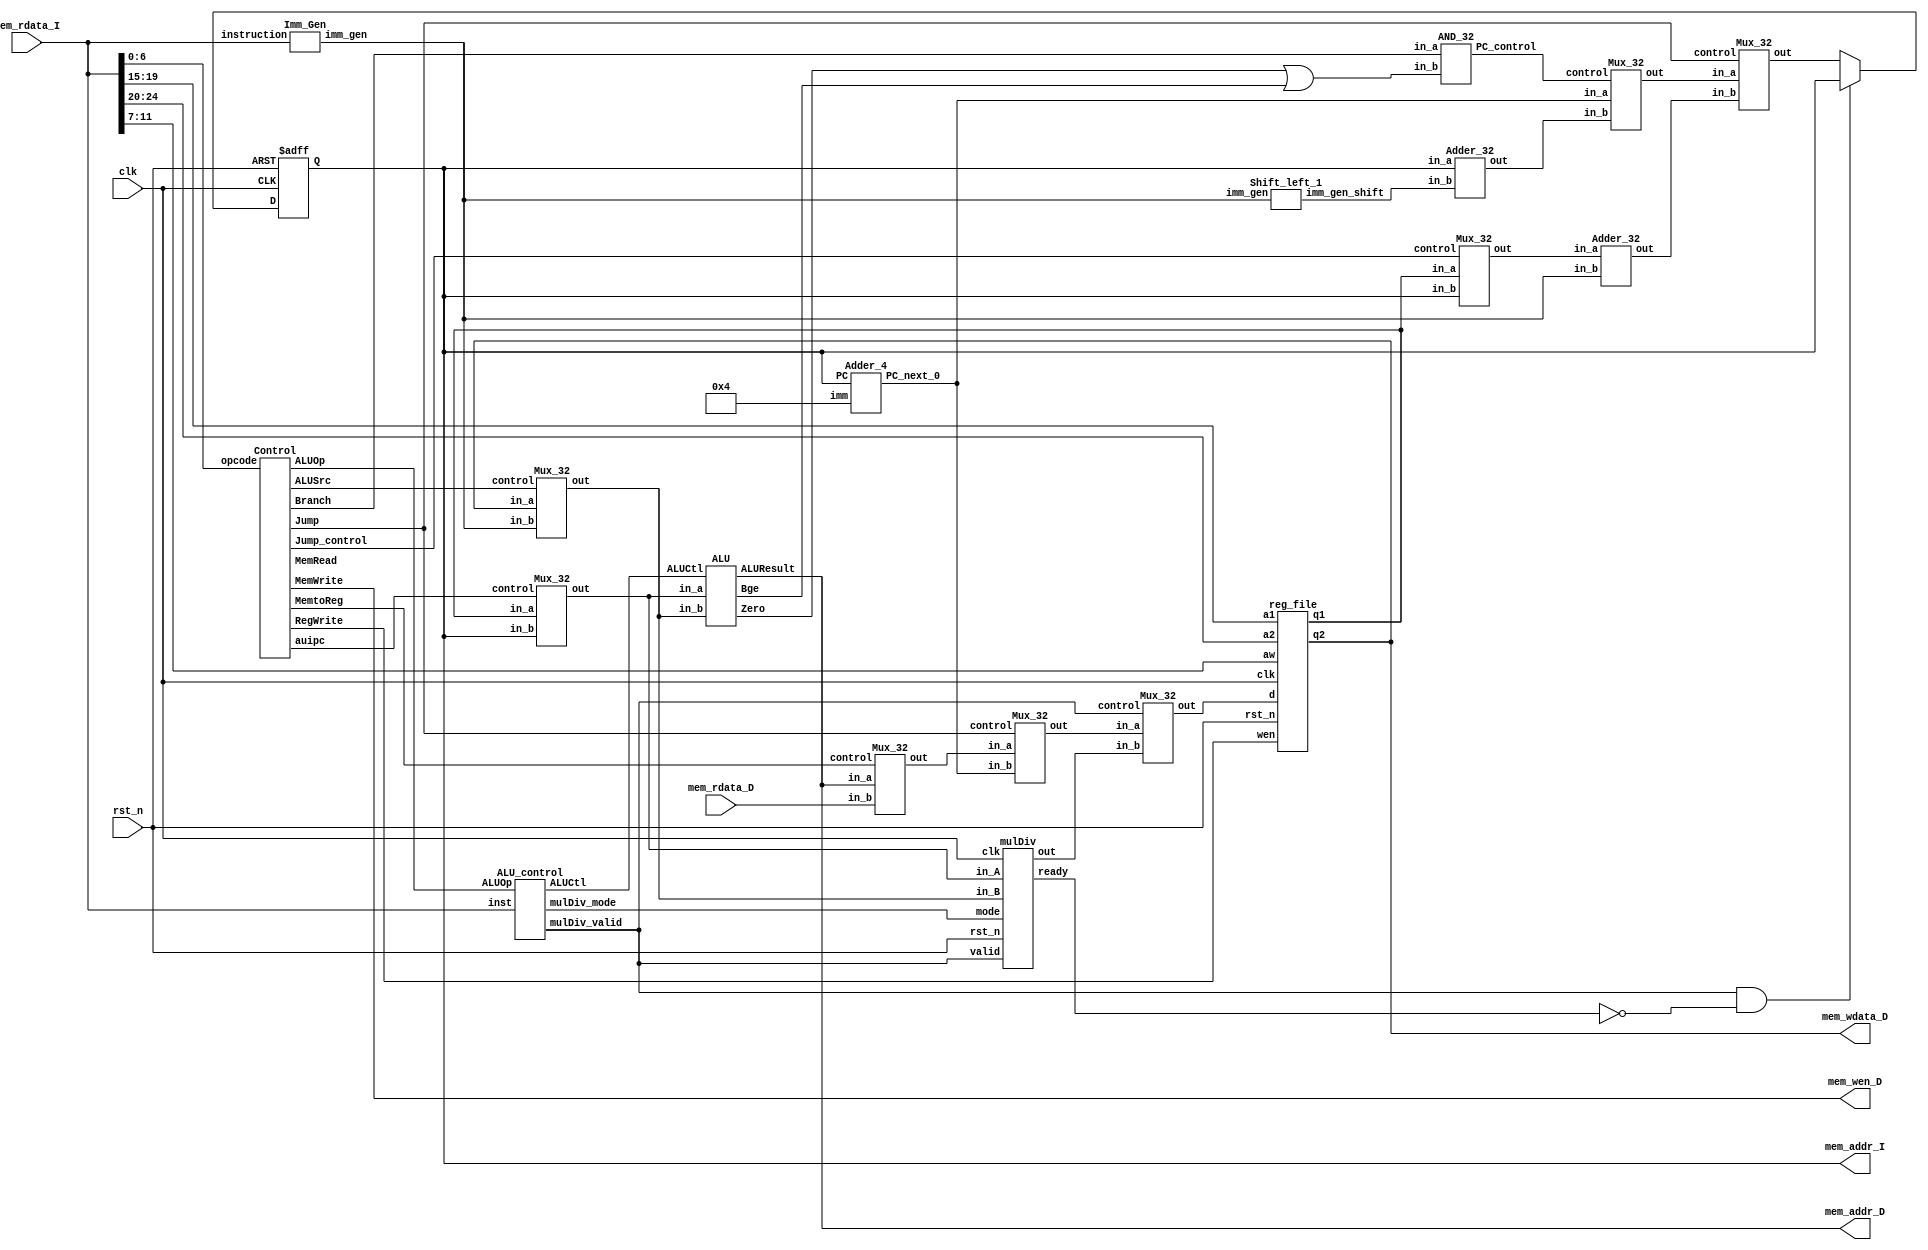
// Your code
module CHIP(clk,
            rst_n,
            // For mem_D
            mem_wen_D,
            mem_addr_D,
            mem_wdata_D,
            mem_rdata_D,
            // For mem_I
            mem_addr_I,
            mem_rdata_I);

    input         clk, rst_n ;
    // For mem_D
    output        mem_wen_D  ;
    output [31:0] mem_addr_D ;
    output [31:0] mem_wdata_D;
    input  [31:0] mem_rdata_D;    
    // For mem_I
    output [31:0] mem_addr_I ; 
    input  [31:0] mem_rdata_I;   
    
    //---------------------------------------//
    // Do not modify this part!!!            //
    // Exception: You may change wire to reg //
    reg    [31:0] PC          ;              //
    wire   [31:0] PC_nxt      ;              //
    wire          regWrite    ;              //
    wire   [ 4:0] rs1, rs2, rd;              //
    wire   [31:0] rs1_data    ;              //
    wire   [31:0] rs2_data    ;              //
    wire   [31:0] rd_data     ;              //
    //---------------------------------------//

    assign rs1 = mem_rdata_I[19:15];
    assign rs2 = mem_rdata_I[24:20];
    assign rd = mem_rdata_I[11:7];
    assign mem_addr_I = PC;

    // Todo: other wire/reg

    wire   [0:0]  Branch;
    wire   [2:0]  ALUOp;
    wire   [0:0]  MemRead; 
    wire   [0:0]  MemWrite; 
    wire   [0:0]  MemtoReg;
    wire   [0:0]  ALUSrc;
    wire   [0:0]  auipc;
    wire   [0:0]  Jump;
    wire   [0:0]  Jump_control;
    wire   [31:0] ALU_result;
    wire   [3:0]  control_ALU;
    wire   [31:0] alu_input_mux_1;
    wire   [31:0] alu_input_mux_2;
    wire   [0:0]  Zero;
    wire   [0:0]  Bge;
    wire   [0:0] Beq_Bge;
    wire   [31:0] PC_next_0, PC_next_1, PC_final;
    wire   [0:0]  PC_control;
    wire   [31:0] imm_gen;
    wire   [31:0] imm_gen_shift;
    wire   [31:0] rd_temp;
    wire   [31:0] rd_temp_2;
    wire   [31:0] jump_src;
    wire   [31:0] jump_dest;
    wire   [0:0]  mulDiv_valid;
    wire   [0:0]  mulDiv_mode;
    wire   [0:0]  mulDiv_ready;
    wire   [31:0] mulDiv_result;
    integer next = 4;
    
    assign mem_wen_D = MemWrite;
    assign mem_wdata_D = rs2_data;
    assign mem_addr_D = ALU_result;
    assign Beq_Bge = Zero || Bge;

    //---------------------------------------//
    // Do not modify this part!!!            //
    reg_file reg0(                           //
        .clk(clk),                           //
        .rst_n(rst_n),                       //
        .wen(regWrite),                      //
        .a1(rs1),                            //
        .a2(rs2),                            //
        .aw(rd),                             //
        .d(rd_data),                         //
        .q1(rs1_data),                       //
        .q2(rs2_data));                      //
    //---------------------------------------//

    // Todo: any combinational/sequential circuit
    
    Control Control(
        .opcode(mem_rdata_I[6:0]),
        .Branch(Branch),
        .MemRead(MemRead),
        .MemtoReg(MemtoReg),
        .ALUOp(ALUOp),
        .MemWrite(MemWrite),
        .ALUSrc(ALUSrc),
        .RegWrite(regWrite),
        .auipc(auipc),
        .Jump(Jump),
        .Jump_control(Jump_control)
    );

    Imm_Gen imm_gen_unit(
        .instruction(mem_rdata_I),
        .imm_gen(imm_gen)
    );

    Adder_4 adder_imm_4(
        .PC(PC),
        .imm(next),
        .PC_next_0(PC_next_0)
    );

    Adder_32 adder_32_bits(
        .in_a(PC),
        .in_b(imm_gen_shift),
        .out(PC_next_1)
    );

    Mux_32 mux_rs_PC(
        .in_a(rs1_data),
        .in_b(PC),
        .control(Jump_control),
        .out(jump_src)
    );

    Adder_32 adder_jump(
        .in_a(jump_src),
        .in_b(imm_gen),
        .out(jump_dest)
    );

    Mux_32 mux_PC(
        .in_a(PC_next_0),
        .in_b(PC_next_1),
        .control(PC_control),
        .out(PC_final)
    );

    Mux_32 mux_PC_jump(
        .in_a(PC_final),
        .in_b(jump_dest),
        .control(Jump),
        .out(PC_nxt)
    );

    Mux_32 mux_memory(
        .in_a(ALU_result),
        .in_b(mem_rdata_D),
        .control(MemtoReg),
        .out(rd_temp)
    );

    Mux_32 mux_jump(
        .in_a(rd_temp),
        .in_b(PC_next_0),
        .control(Jump),
        .out(rd_temp_2)
    );

    Mux_32 mux_mul(
        .in_a(rd_temp_2),
        .in_b(mulDiv_result),
        .control(mulDiv_valid),
        .out(rd_data)
    );

    Mux_32 mux_ALU_1(
        .in_a(rs1_data),
        .in_b(PC),
        .control(auipc),
        .out(alu_input_mux_1)
    );

    Mux_32 mux_ALU_2(
        .in_a(rs2_data),
        .in_b(imm_gen),
        .control(ALUSrc),
        .out(alu_input_mux_2)
    );

    Shift_left_1 shift_unit(
        .imm_gen(imm_gen),
        .imm_gen_shift(imm_gen_shift)
    );

    AND_32 branch_or_not(
        .in_a(Branch),
        .in_b(Beq_Bge),
        .PC_control(PC_control)
    );

    ALU simple_alu(
        .ALUCtl(control_ALU),
        .in_a(alu_input_mux_1),
        .in_b(alu_input_mux_2),
        .ALUResult(ALU_result),
        .Zero(Zero),
        .Bge(Bge)
    );

    ALU_control ALU_control_unit(
        .ALUOp(ALUOp),
        .inst(mem_rdata_I),
        .ALUCtl(control_ALU),
        .mulDiv_valid(mulDiv_valid),
        .mulDiv_mode(mulDiv_mode)
    );

    mulDiv MUL_unit(
        .clk(clk),
        .rst_n(rst_n),
        .valid(mulDiv_valid),
        .ready(mulDiv_ready),
        .mode(mulDiv_mode),
        .in_A(alu_input_mux_1),
        .in_B(alu_input_mux_2),
        .out(mulDiv_result)
    );

    always @(posedge clk or negedge rst_n) begin
        if (!rst_n) 
        begin
            PC <= 32'h00010000; // where text in memory starts
        end
        else 
        begin
            if(mulDiv_valid==1 && mulDiv_ready==0)
            begin
                PC <= PC;
            end
            else 
            begin
                PC <= PC_nxt;    
            end
        end
    end
    
endmodule

module Control(opcode,Branch,MemRead,MemtoReg,ALUOp,MemWrite,ALUSrc,RegWrite,auipc,Jump,Jump_control);

    input  [6:0] opcode;
    output [0:0] Branch,MemRead,MemtoReg,MemWrite,ALUSrc,RegWrite,auipc,Jump,Jump_control;
    output [2:0] ALUOp;

    reg [0:0] Branch,MemRead,MemtoReg,MemWrite,ALUSrc,RegWrite,auipc,Jump,Jump_control;
    reg [2:0] ALUOp;

    always @(opcode) begin
        if(opcode==7'b0010111)  // auipc
        begin
            ALUOp = 3'b111;
            MemtoReg = 1'b0;
            MemWrite = 1'b0;
            MemRead = 1'b0;
            Branch = 1'b0;
            ALUSrc = 1'b1;
            RegWrite = 1'b1;
            auipc = 1'b1;
            Jump = 1'b0;
            Jump_control = 1'b0;
        end

        else if(opcode==7'b1100111) // jalr
        begin
            ALUOp = 3'b001;
            MemtoReg = 1'b0;
            MemWrite = 1'b0;
            MemRead = 1'b0;
            Branch = 1'b0;
            ALUSrc = 1'b1;
            RegWrite = 1'b1;
            auipc = 1'b0;
            Jump = 1'b1;
            Jump_control = 1'b0;   // use rs
        end

        else if(opcode==7'b1101111) // jal
        begin
            ALUOp = 3'b000;
            MemtoReg = 1'b0;
            MemWrite = 1'b0;
            MemRead = 1'b0;
            Branch = 1'b0;
            ALUSrc = 1'b1;
            RegWrite = 1'b1;
            auipc = 1'b0;
            Jump = 1'b1;
            Jump_control = 1'b1;
        end

        else if(opcode==7'b1100011) // beq
        begin
            ALUOp = 3'b101;
            MemtoReg = 1'bx;
            MemWrite = 1'b0;
            MemRead = 1'b0;
            Branch = 1'b1;
            ALUSrc = 1'b0;
            RegWrite = 1'b0;
            auipc = 1'b0;
            Jump = 1'b0;
            Jump_control = 1'b0;
        end

        else if(opcode==7'b0000011) // lw
        begin
            ALUOp = 3'b010;
            MemtoReg = 1'b1;
            MemWrite = 1'b0;
            MemRead = 1'b1;
            Branch = 1'b0;
            ALUSrc = 1'b1;
            RegWrite = 1'b1; 
            auipc = 1'b0;
            Jump = 1'b0;
            Jump_control = 1'b0;
        end

        else if(opcode==7'b0100011) //sw
        begin
            ALUOp = 3'b011;
            MemtoReg = 1'bx;
            MemWrite = 1'b1;
            MemRead = 1'b0;
            Branch = 1'b0;
            ALUSrc = 1'b1;
            RegWrite = 1'b0;
            auipc = 1'b0;
            Jump = 1'b0;
            Jump_control = 1'b0;
        end

        else if(opcode==7'b0010011) // addi slti srai alli
        begin
            ALUOp = 3'b100;
            MemtoReg = 1'b0;
            MemWrite = 1'b0;
            MemRead = 1'b0;
            Branch = 1'b0;
            ALUSrc = 1'b1;
            RegWrite = 1'b1;
            auipc = 1'b0;
            Jump = 1'b0;
            Jump_control = 1'b0;
        end

        else if(opcode==7'b0110011) // R-type
        begin
            ALUOp = 3'b110;
            MemtoReg = 1'b0;
            MemWrite = 1'b0;
            MemRead = 1'b0;
            Branch = 1'b0;
            ALUSrc = 1'b0;
            RegWrite = 1'b1;
            auipc = 1'b0;
            Jump = 1'b0;
            Jump_control = 1'b0;
        end

        else 
        begin
            Branch = 1'b0;
            MemWrite = 1'bx;
            MemtoReg = 1'bx;
            MemRead = 1'bx;
            ALUOp = 3'bx;
            RegWrite = 1'bx;
            ALUSrc = 1'bx;    
            auipc = 1'bx;
            Jump = 1'b0;
            Jump_control = 1'bx;
        end
    end

endmodule

module Imm_Gen(instruction,imm_gen);

    input  [31:0] instruction;
    output [31:0] imm_gen;
    reg    [31:0] imm_gen;

    always @(instruction) begin
       if(instruction[6:0]==7'b0010111)  // auipc
       begin  
           imm_gen = {instruction[31:12],12'b0};
       end

       else if(instruction[6:0]==7'b1100011)  // beq
       begin
            imm_gen[4:1] = instruction[11:8];
            imm_gen[10:5] = instruction[30:25];
            imm_gen[11] = instruction[7];
            imm_gen[12] = instruction[31];
            imm_gen = {{20{imm_gen[12]}},imm_gen[12:1]};
       end

       else if((instruction[6:0]==7'b0010011) ||  (instruction[6:0]==7'b1100111) || (instruction[6:0]==7'b0000011))
       begin                                  // addi slti jalr lw
            imm_gen[11:0] = instruction[31:20];
            imm_gen = {{20{imm_gen[11]}},imm_gen[11:0]};
       end
       
       else if(instruction[6:0]==7'b0100011)  // sw
       begin
            imm_gen[4:0] = instruction[11:7];
            imm_gen[11:5] = instruction[31:25];
            imm_gen = {{20{imm_gen[11]}},imm_gen[11:0]};
       end

       else if(instruction[6:0]==7'b1101111)  // jal
       begin
            imm_gen[10:1] = instruction[30:21];
            imm_gen[11] = instruction[20];
            imm_gen[19:12] = instruction[19:12];
            imm_gen[20] = instruction[31];
            imm_gen = {{11{imm_gen[20]}},imm_gen[20:1],1'b0};
       end

       else   // R-type
       begin
            imm_gen = {32{1'b0}};
       end
    end

endmodule

module Adder_4(PC,imm,PC_next_0);

    input  [31:0] PC,imm;
    output [31:0] PC_next_0;
    assign PC_next_0 = PC + imm;

endmodule

module Adder_32(in_a,in_b,out);

    input signed [31:0] in_a,in_b;
    output [31:0] out;
    assign out = in_a + in_b;

endmodule

module Shift_left_1(imm_gen,imm_gen_shift);

    input  [31:0] imm_gen;
    output [31:0] imm_gen_shift;
    assign imm_gen_shift[31:1] = imm_gen[30:0];
    assign imm_gen_shift[0] = 1'b0;

endmodule

module Mux_32(in_a,in_b,control,out);

    input  [31:0] in_a,in_b;
    input  [0:0]  control;
    output [31:0] out;
    assign out = (control==1'b0) ? in_a : in_b;

endmodule

module AND_32(in_a,in_b,PC_control);

    input in_a,in_b;
    output PC_control;
    assign PC_control = in_a && in_b;

endmodule

module ALU(ALUCtl, in_a, in_b, ALUResult, Zero, Bge);

    input  [ 3:0] ALUCtl;
    input  [31:0] in_a, in_b;
    output [31:0] ALUResult;
    output [ 0:0] Zero,Bge;

    reg    [31:0] alu_out; 
    assign ALUResult = alu_out;
    assign Zero = ( (alu_out == 0) ? 1'b1 : 1'b0 ) && ( ALUCtl==4 );  // beq
    assign Bge = ( ($signed(in_a) >= $signed(in_b) ) ? 1'b1 : 1'b0 ) && ( ALUCtl==5 );  // bge

    always @(*) begin
        case (ALUCtl)
            0 : alu_out = in_a & in_b;
            1 : alu_out = in_a | in_b;
            2 : alu_out = in_a ^ in_b;
            3 : alu_out = in_a + in_b;
            4 : alu_out = in_a - in_b;
            5 : alu_out = (in_a < in_b) ? 32'h1 : 32'h0;
            6 : alu_out = in_a << in_b;
            7 : alu_out = in_a >> in_b;
            default: alu_out = in_a;
        endcase
    end

endmodule

module ALU_control (ALUOp, inst, ALUCtl, mulDiv_valid, mulDiv_mode);

    input  [ 2:0] ALUOp;
    input  [31:0] inst;
    output [ 3:0] ALUCtl;
    output mulDiv_valid, mulDiv_mode;

    // I-type instruction
    parameter I_func_mask = 32'b00000000000000000111000001111111;
    parameter inst_ADDI   = 32'b00000000000000000000000000010011;
    parameter inst_STLI   = 32'b00000000000000000010000000010011;
    parameter inst_SLLI   = 32'b00000000000000000001000000010011;
    parameter inst_SRLI   = 32'b00000000000000000101000000010011;

    // R-type instruction
    parameter R_func_mask = 32'b11111110000000000111000001111111;
    parameter inst_ADD    = 32'b00000000000000000000000000110011;
    parameter inst_SUB    = 32'b01000000000000000000000000110011;
    parameter inst_STL    = 32'b00000000000000000010000000110011;
    parameter inst_XOR    = 32'b00000000000000000100000000110011;
    parameter inst_OR     = 32'b00000000000000000110000000110011;
    parameter inst_AND    = 32'b00000000000000000111000000110011;
    parameter inst_MUL    = 32'b00000010000000000000000000110011;
    parameter inst_DIV    = 32'b00000010000000000100000000110011;

    reg   [ 3:0] ctrl;
    reg   [ 0:0] valid;
    reg   [ 0:0] mode; 

    assign ALUCtl = ctrl;
    assign mulDiv_valid = valid;
    assign mulDiv_mode = mode;

    always @(*) begin

        // initialize
        valid = 0;
        mode = 0;

        case(ALUOp)
            3'b000 : ctrl = 3; // JAL
            3'b001 : ctrl = 3; // JALR
            3'b010 : ctrl = 3; // LW
            3'b011 : ctrl = 3; // SW
            3'b100 : begin // I type
                case(inst & I_func_mask)
                    inst_ADDI: ctrl = 3;  // ADDI
                    inst_STLI: ctrl = 5;  // SLTI
                    inst_SLLI: ctrl = 6;  // SLLI
                    inst_SRLI: ctrl = 7;  // SRLI
                    default  : ctrl = 15; // should not happen
                endcase
            end
            3'b101 : begin
                case(inst[14:12])
                    3'b000: ctrl = 4; // BEQ
                    3'b101: ctrl = 5; // BGE
                    default: ctrl = 15; // should not happen
                endcase
            end
            3'b110 : begin // R-type
                case(inst & R_func_mask)
                    inst_AND: ctrl = 0; // AND
                    inst_OR : ctrl = 1; // OR
                    inst_XOR: ctrl = 2; // XOR
                    inst_ADD: ctrl = 3; // ADD
                    inst_SUB: ctrl = 4; // SUB
                    inst_STL: ctrl = 5; // STL
                    inst_MUL: begin
                        ctrl = 15;
                        valid = 1;
                        mode  = 0;
                    end
                    inst_DIV: begin
                        ctrl = 15;
                        valid = 1;
                        mode  = 1;
                    end
                    default: ctrl = 15; // should not happen
                endcase
            end
            3'b111 : ctrl = 3;  // AUIPC
            default: ctrl = 15; // should not happen
        endcase 
    end
    
endmodule

module reg_file(clk, rst_n, wen, a1, a2, aw, d, q1, q2);

    // constants
    parameter BITS = 32;
    parameter word_depth = 32;
    parameter addr_width = 5; // 2^addr_width >= word_depth

    input clk, rst_n, wen; // wen: 0:read | 1:write
    input [BITS-1:0] d;
    input [addr_width-1:0] a1, a2, aw;

    output [BITS-1:0] q1, q2;

    reg [BITS-1:0] mem [0:word_depth-1];
    reg [BITS-1:0] mem_nxt [0:word_depth-1];

    integer i;

    assign q1 = mem[a1];
    assign q2 = mem[a2];

    always @(*) begin
        for (i=0; i<word_depth; i=i+1)
            mem_nxt[i] = (wen && (aw == i)) ? d : mem[i];
    end

    always @(posedge clk or negedge rst_n) begin
        if (!rst_n) begin
            mem[0] <= 0;
            for (i=1; i<word_depth; i=i+1) begin
                case(i)
                    32'd2: mem[i] <= 32'hbffffff0;
                    32'd3: mem[i] <= 32'h10008000;
                    default: mem[i] <= 32'h0;
                endcase
            end
        end
        else begin
            mem[0] <= 0;
            for (i=1; i<word_depth; i=i+1)
                mem[i] <= mem_nxt[i];
        end
    end

endmodule

module mulDiv(clk, rst_n, valid, ready, mode, in_A, in_B, out);
    
    input         clk, rst_n;
    input         valid;
    input  [ 0:0]  mode; // mode: 0: mulu, 1: divu
    output        ready;
    input  [31:0] in_A, in_B;
    output [31:0] out;
    
    // Definition of states
    parameter IDLE = 2'b0;
    parameter MUL  = 2'd1;
    parameter DIV  = 2'd2;
    parameter OUT  = 2'd3;

    reg  [ 2:0] state, state_nxt;
    reg  [ 4:0] counter, counter_nxt;
    reg  [63:0] shreg, shreg_nxt;
    reg  [31:0] alu_in, alu_in_nxt;
    reg  [32:0] alu_out;

    // Wire assignments
    // Output control: Relate output port out to shift register when ready
    // Output is default wire-typed, so we can use it directly.
    assign ready = (state == OUT) ? 1 : 0;
    assign out = (state == OUT) ? shreg[31:0] : 32'b0;

    // Combinational always block
    // Next-state logic of state machine
    always @(*) begin
        case(state)
            IDLE: begin
                if (valid == 1'b1) begin
                    if (mode == 0) begin
                        state_nxt = MUL;
                    end else if (mode == 1) begin
                        state_nxt = DIV;
                    end else begin
                        state_nxt = IDLE;
                    end
                end else begin
                    state_nxt = IDLE;
                end
            end
            MUL : begin
                if (counter == 31) begin
                    state_nxt = OUT;
                end else begin
                    state_nxt = MUL;
                end
            end
            DIV : begin
                if (counter == 31) begin
                    state_nxt = OUT;
                end else begin
                    state_nxt = DIV;
                end
            end
            OUT : state_nxt = IDLE;
            default : state_nxt = IDLE;
        endcase
    end

    // Counter
    // Counter counts from 0 to 31 when the state is MUL or DIV. Otherwise, keep it zero
    always @(*) begin
        if (state == MUL || state == DIV) begin
            counter_nxt = counter + 1;
        end else begin
            counter_nxt = 0;
        end
    end

    // ALU input
    always @(*) begin
        case(state)
            IDLE: begin
                if (valid) alu_in_nxt = in_B;
                else       alu_in_nxt = 0;
            end
            OUT : alu_in_nxt = 0;
            default: alu_in_nxt = alu_in;
        endcase
    end

    // ALU output
    // MUL: addition with the high 32 bits of shreg
    // DIV: subtraction to the high 32 bits of shreg
    always @(*) begin
        case(state)
            MUL: begin
                if (shreg[0]) alu_out = {1'b0, (shreg >> 32)} + {1'b0, alu_in};
                else alu_out = {1'b0, (shreg >> 32)};
            end
            DIV: begin
                if ((shreg >> 32) > alu_in) begin
                    alu_out = {1'b0, (shreg >> 32)} - {1'b0, alu_in};
                end else begin
                    alu_out = {1'b0, (shreg >> 32)};
                end
            end
            default: alu_out = 32'b0;
        endcase
    end
    
    // Shift register
    // Load data to the low 32 bits when the state is IDLE and valid = 1
    // Multiplication: update data and right shift; Division: update data and left shift
    always @(*) begin
        case(state)
            IDLE: begin
                if (valid) begin
                    if (mode == 1) shreg_nxt = {32'b0, in_A} << 1;
                    else shreg_nxt = {32'b0, in_A};
                end else begin
                    shreg_nxt = 64'b0;
                end
            end
            MUL: begin
                shreg_nxt = {alu_out[31:0], shreg[31:0]} >> 1;
                shreg_nxt[63] = alu_out[32];
            end
            DIV: begin
                if (counter == 31) begin
                    shreg_nxt = {alu_out[31:0], shreg[31:0]} << 1;
                    shreg_nxt = {shreg_nxt[63:32] >> 1, shreg_nxt[31:0]};
                end else begin
                    shreg_nxt = {alu_out[31:0], shreg[31:0]} << 1;
                end
                if ((shreg >> 32) > alu_in) shreg_nxt[0] = 1;
                else shreg_nxt[0] = 0;

            end
            default: shreg_nxt = shreg;
        endcase
    end

    // Sequential always block
    always @(posedge clk or negedge rst_n) begin
        if (!rst_n) begin
            state <= IDLE;
            counter <= 0;
        end
        else begin
            state <= state_nxt;
            alu_in <= alu_in_nxt;
            counter <= counter_nxt;
            shreg <= shreg_nxt;
        end
    end

endmodule